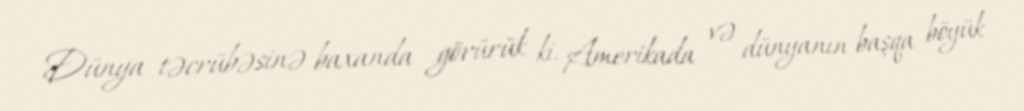
Dünya təcrübəsinə baxanda görürük ki, Amerikada və dünyanın başqa böyük